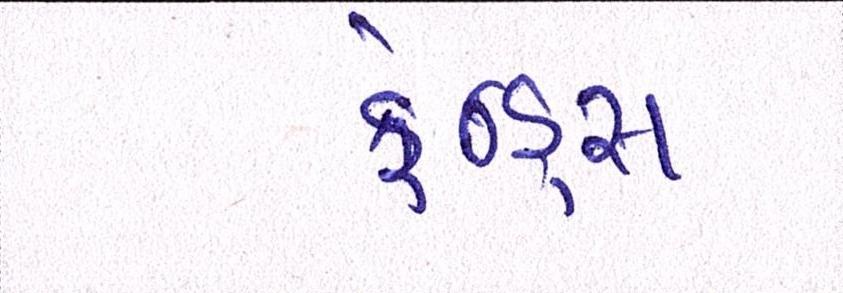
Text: ફ્રેન્ડ્સ